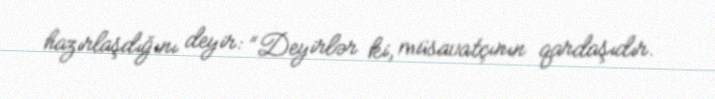
hazırlaşdığını deyir: “Deyirlər ki, müsavatçının qardaşıdır.